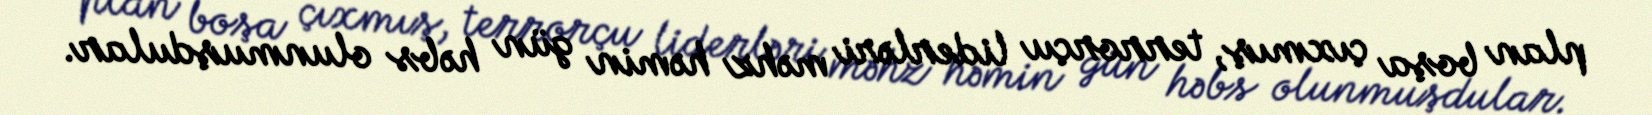
plan boşa çıxmış, terrorçu liderləri məhz həmin gün həbs olunmuşdular.